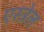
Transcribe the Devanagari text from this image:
एस्त्रेल